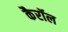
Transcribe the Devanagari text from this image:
कैरॉल